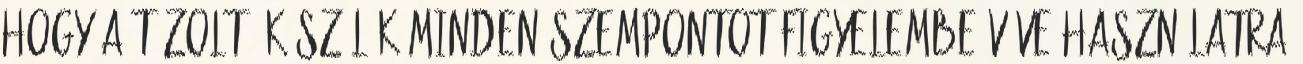
hogy a tûzoltó készülék minden szempontot figyelembe véve használatra